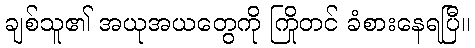
ချစ်သူ၏ အယုအယတွေကို ကြိုတင် ခံစားနေရပြီ။